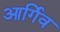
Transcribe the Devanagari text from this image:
आर्गिव